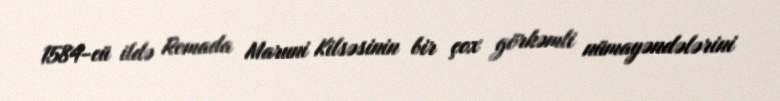
1584-cü ildə Romada Maruni Kilsəsinin bir çox görkəmli nümayəndələrini